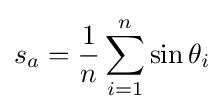
s_{a}={\frac {1}{n}}\sum _{i=1}^{n}\sin \theta _{i}